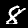
Digit: 8